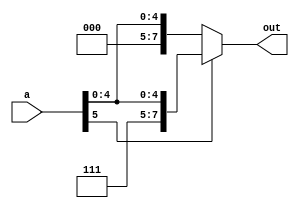
module sign_ext(a,out);
input [5:0] a;
output reg [7:0] out;
always @ (*)
begin
 if(a[5]==1'b0)
                 out <= {2'b00,a};
            else
                 out <= {2'b11,a};
end
endmodule